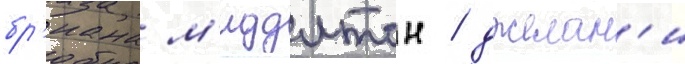
бр'иана м'иддлтон / джелан'и